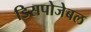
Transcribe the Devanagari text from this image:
डिसपोजेबल